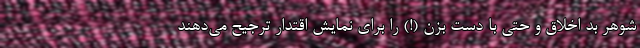
شوهر بد اخلاق و حتی با دستِ بزن (!) را برای نمایش اقتدار ترجیح می‌دهند